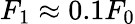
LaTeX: F_{1}\approx 0.1F_{0}